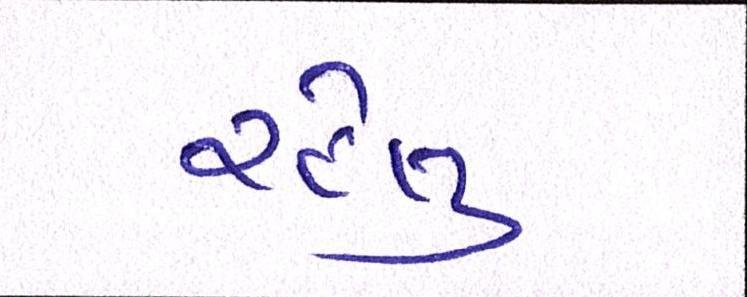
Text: રહેલુ